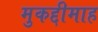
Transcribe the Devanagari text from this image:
मुकद्दीमाह